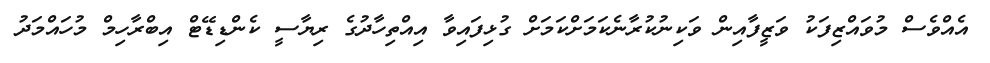
އެއްވެސް މުވައްޒިފަކު ވަޒީފާއިން ވަކިނުކުރާނެކަމަށްކަމަށް ގުޅިފަައިވާ އިއްތިހާދުގެ ރިޔާސީ ކެންޑިޑޭޓް އިބްރާހިމް މުހައްމަދު